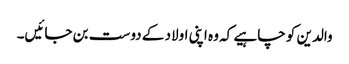
والدین کو چاہیے کہ وہ اپنی اولاد کے دوست بن جائیں۔